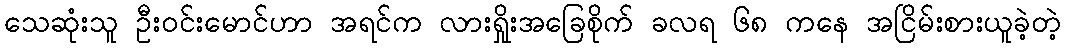
သေဆုံးသူ ဦးဝင်းမောင်ဟာ အရင်က လားရှိုးအခြေစိုက် ခလရ ၆၈ ကနေ အငြိမ်းစားယူခဲ့တဲ့